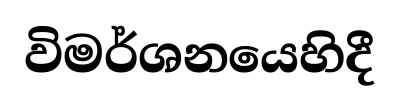
විමර්ශනයෙහිදී